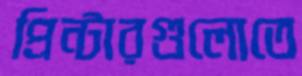
প্রিন্টারগুলোতে